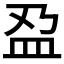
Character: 𫞯